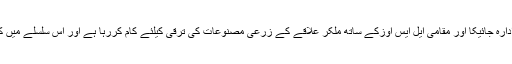
یاد رہے کہ محکمہ زراعت گلگت بلتستان جاپان کے ایک ادارہ جائیکا اور مقامی ایل ایس اوزکے ساتھ ملکر علاقے کے زرعی مصنوعات کی ترقی کیلئے کام کررہا ہے اور اس سلسلے میں کئی مقامی زمینداروں کو جاپان میں تربیت دی جارہی ہے ۔